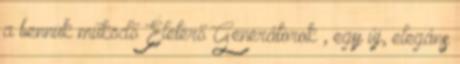
a bennük működő Életerő Generátorok , egy új, elegáns